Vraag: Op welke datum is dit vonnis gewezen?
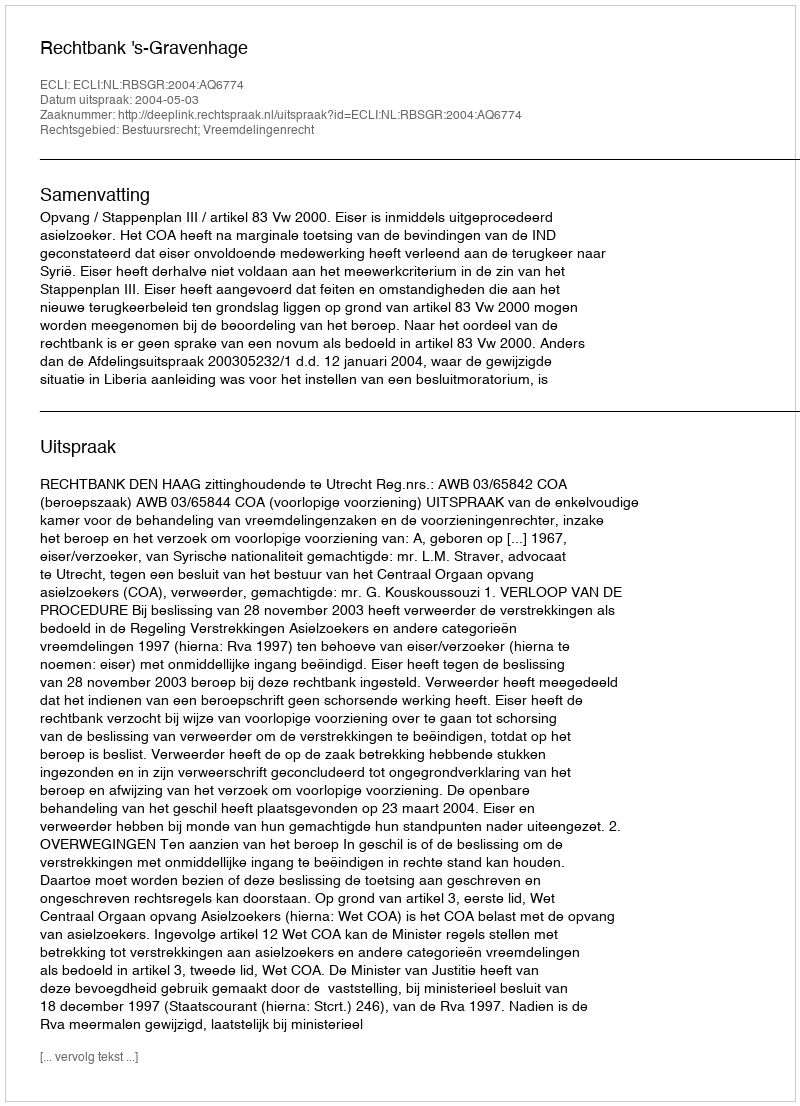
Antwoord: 2004-05-03